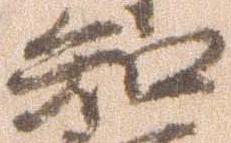
知